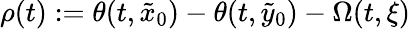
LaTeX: \rho(t):=\theta(t,\tilde{x}_{0})-\theta(t,\tilde{y}_{0})-\Omega(t,\xi)